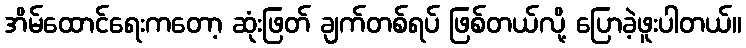
အိမ်ထောင်ရေးကတော့ ဆုံးဖြတ် ချက်တစ်ရပ် ဖြစ်တယ်လို့ ပြောခဲ့ဖူးပါတယ်။